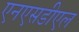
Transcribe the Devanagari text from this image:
एनएसडीएल